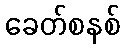
ခေတ်စနစ်